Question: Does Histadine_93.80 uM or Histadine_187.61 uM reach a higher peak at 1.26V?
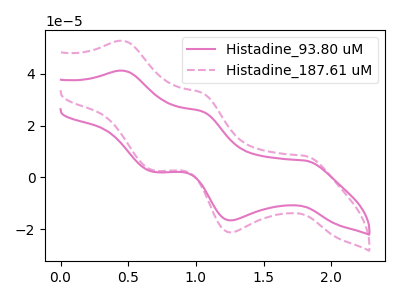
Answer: <think>The pink curve "Histadine_93.80 uM" has anodic peaks at (0.45V, 41.20uA) (1.05V, 25.50uA) and cathodic peaks at (1.80V, 6.50uA) (1.25V, -16.60uA) (0.70V, 2.15uA). The pink dashed curve "Histadine_187.61 uM" has anodic peaks at (0.45V, 52.70uA) (1.05V, 32.65uA) and cathodic peaks at (1.80V, 8.30uA) (1.25V, -21.20uA) (0.70V, 2.75uA).</think>
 <answer>The peak at 1.26V is lower in "Histadine_93.80 uM" than in "Histadine_187.61 uM".</answer>
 <eval>lower</eval>